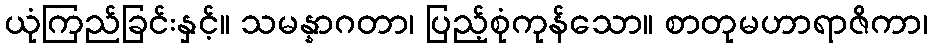
ယုံကြည်ခြင်းနှင့်။ သမန္နာဂတာ၊ ပြည့်စုံကုန်သော။ စာတုမဟာရာဇိကာ၊